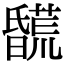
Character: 𣋯